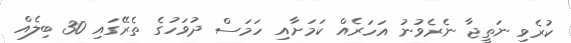
ކުރެވި ނަތީޖާ ނެރެވުނު އަހަރެއް ކަަމަށާއި ހަމަސް ދުވަހުގެ ތެރޭގައި 30 ބިލެއް